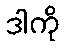
ဒါကို